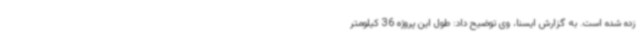
زده شده است. به گزارش ایسنا، وی توضیح داد: طول این پروژه 36 کیلومتر